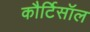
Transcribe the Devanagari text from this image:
कौर्टिसॉल